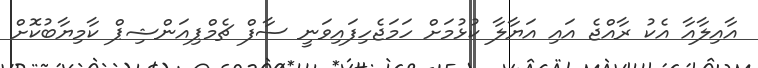
އާއިލާއާ އެކު ރާއްޖެ އައި އަޔާލާ ކުޅުމަށް ހަމަޖެހިފައިވަނީ ސާފް ޗެމްޕިއަންޝިޕް ކާމިޔާބުކޮށް